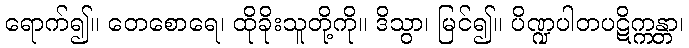
ရောက်၍။ တေစောရေ၊ ထိုခိုးသူတို့ကို။ ဒိသွာ၊ မြင်၍။ ပိဏ္ဍပါတပဋိက္ကန္တာ၊